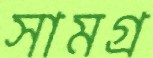
সামগ্র